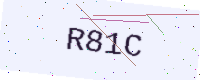
Text: R81C